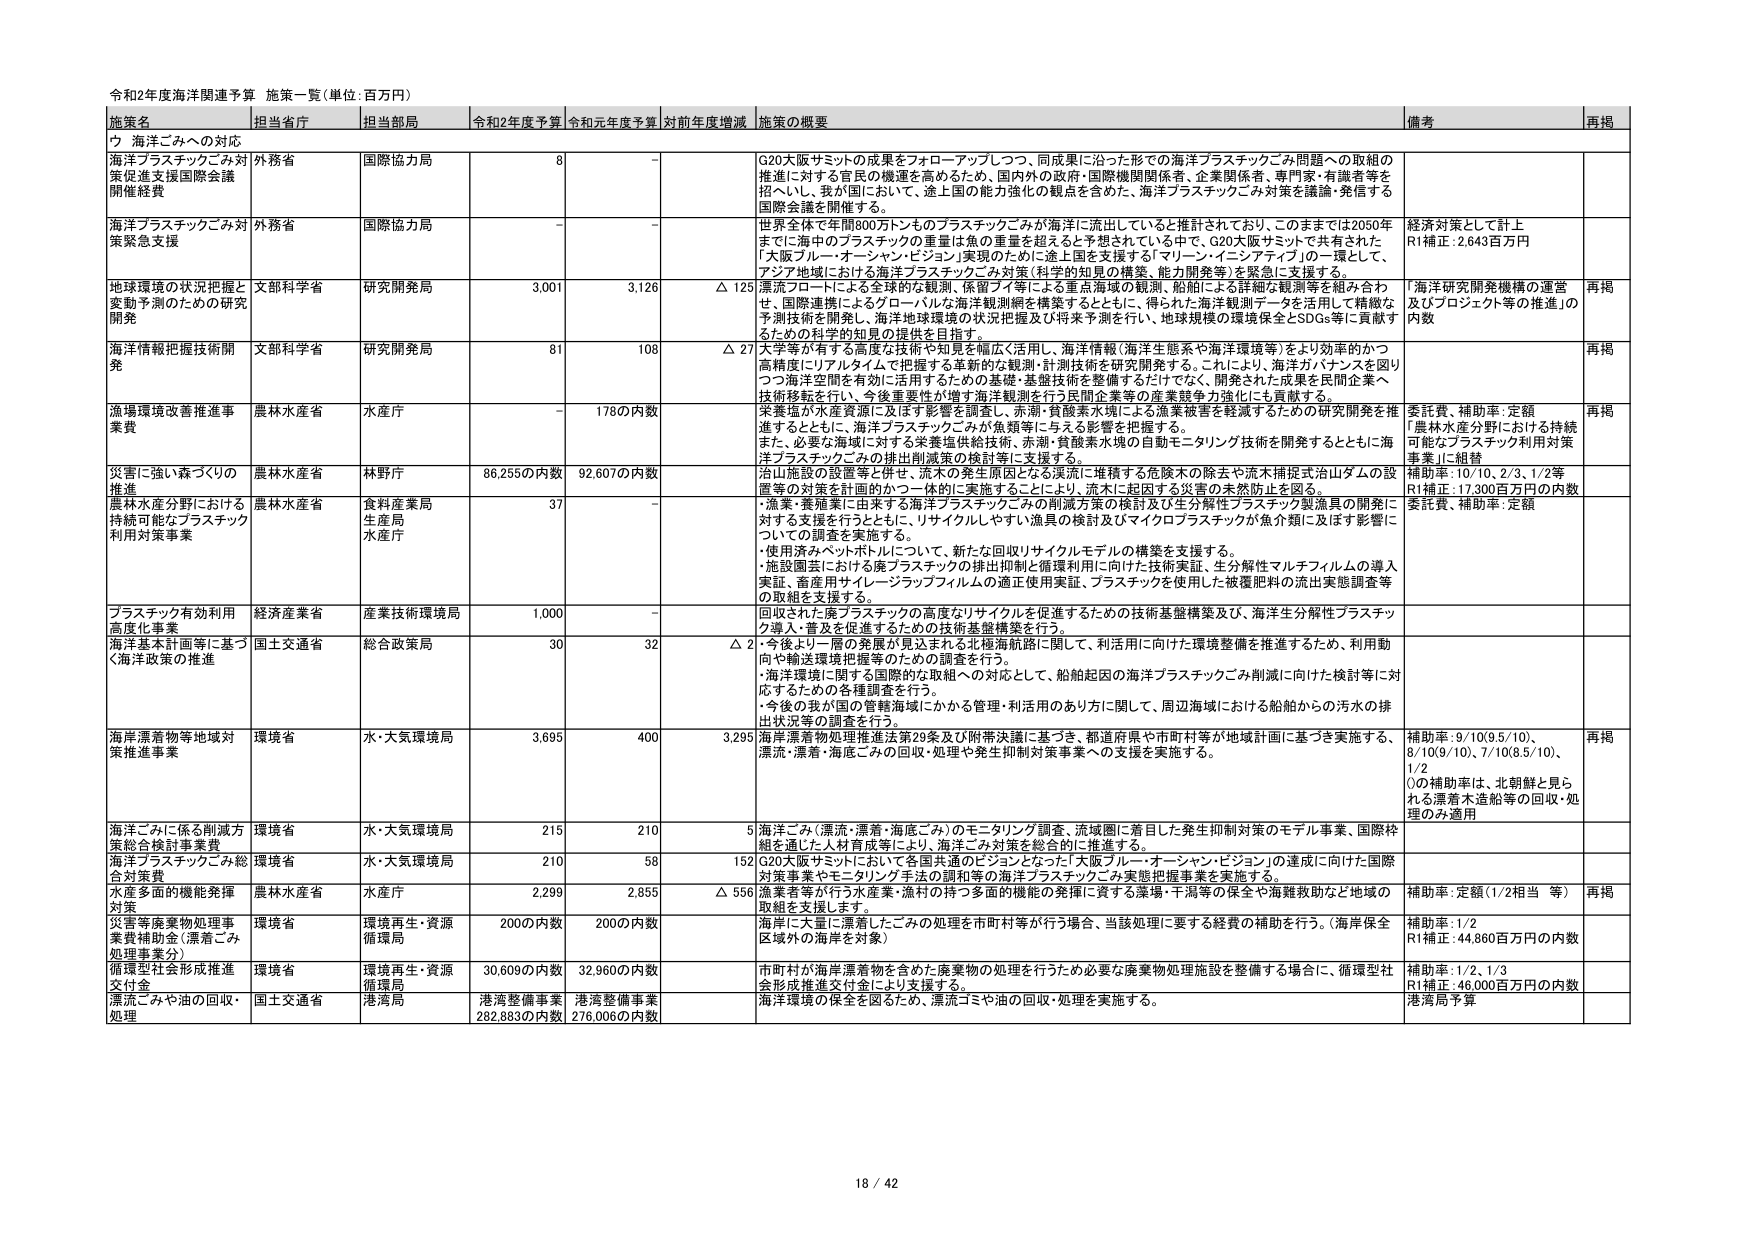
令和2年度海洋関連予算 施策一覧（単位：百万円）

施策名 担当省庁 担当部局 令和2年度予算 令和元年度予算 対前年度増減 施策の概要 備考 再掲

ウ 海洋ごみへの対応

海洋プラスチックごみ対策促進支援国際会議開催経費 外務省 国際協力局 8 - G20大阪サミットの成果をフォローアップしつつ、同成果に沿った形での海洋プラスチックごみ問題への取組の推進に対する官民の機運を高めるため、国内外の政府・国際機関関係者、企業関係者、専門家・有識者等を招へいし、我が国において、途上国の能力強化の観点を含めた、海洋プラスチックごみ対策を議論・発信する国際会議を開催する。

海洋プラスチックごみ対策緊急支援 外務省 国際協力局 - - 世界全体で年間800万トンものプラスチックごみが海洋に流出していると推計されている。このままでは2050年までに海中のプラスチックの重量は魚の重量を超えると予想されている中で、G20大阪サミットで共有された「大阪ブルー・オーシャン・ビジョン」実現のために途上国を支援する「マリーン・イニシアティブ」の一環として、アジア地域における海洋プラスチックごみ対策（科学的知見の構築、能力開発等）を緊急に支援する。 経済対策として計上 R1補正：2,643百万円

地球環境の状況把握と変動予測のための研究開発 文部科学省 研究開発局 3,001 3,126 △ 125 漂流フロートによる全球的な観測、係留ブイ等による重点海域の観測、船舶による詳細な観測等を組み合わせ、国際連携によるグローバルな海洋観測網を構築するとともに、得られた海洋観測データを活用して精緻な予測技術を開発し、海洋地球環境の状況把握及び将来予測を行い、地球規模の環境保全とSDGs等に貢献するための科学的知見の提供を目指す。 「海洋研究開発機構の運営及びプロジェクト等の推進」の内数 再掲

海洋情報把握技術開発 文部科学省 研究開発局 81 108 △ 27 大学等が有する高度な技術や知見を幅広く活用し、海洋情報（海洋生態系や海洋環境等）をより効率的かつ高精度にリアルタイムで把握する革新的な観測・計測技術を研究開発する。これにより、海洋ガバナンスを図りつつ海洋空間を有効に活用するための基礎・基盤技術を整備するだけでなく、開発された成果を民間企業へ技術移転を行い、今後重要性が増す海洋観測を行う民間企業等の産業競争力強化にも貢献する。 再掲

漁場環境改善推進事業費 農林水産省 水産庁 - 178の内数 栄養塩が水産資源に及ぼす影響を調査し、赤潮・貧酸素水塊による漁業被害を軽減するための研究開発を推進するとともに、海洋プラスチックごみが魚類等に与える影響を把握する。また、必要な海域に対する栄養塩供給技術、赤潮・貧酸素水塊の自動モニタリング技術を開発するとともに海洋プラスチックごみの排出削減策の検討等に支援する。 委託費、補助率、定額 「農林水産分野における持続可能なプラスチック利用対策事業」に組替 再掲

災害に強い森づくりの推進 農林水産省 林野庁 86,255の内数 92,607の内数 沿山施設の設置等を併せ、流水の発生原因となる漂流に堆積する危険木の除去や流木捕捉式治山ダムの設置等の対策を計画的かつ一体的に実施することにより、流水に起因する災害の未然防止を図る。 補助率：10/10、2/3、1/2等 R1補正：17,300百万円の内数

農林水産分野における持続可能なプラスチック利用対策事業 農林水産省 食料産業局 生産局 水産庁 37 - - ・漁業・養殖業に由来する海洋プラスチックごみの削減方策の検討及び生分解性プラスチック製漁具の開発に対する支援を行うとともに、リサイクルしやすい漁具の検討及びマイクロプラスチックが魚介類に及ぼす影響についての調査を実施する。 ・使用済みペットボトルについて、新たな回収リサイクルモデルの構築を支援する。 ・施設園芸における廃プラスチックの排出抑制と循環利用に向けた技術実証、生分解性マルチフィルムの導入実証、畜産用サイレージラップフィルムの適正使用実証、プラスチックを使用した被覆肥料の流出実態調査等の取組を支援する。 委託費、補助率、定額

プラスチック有効利用高度化事業 経済産業省 産業技術環境局 1,000 - 回収された廃プラスチックの高度なリサイクルを促進するための技術基盤構築及び、海洋生分解性プラスチック導入・普及を促進するための技術基盤構築を行う。

海洋基本計画等に基づく海洋政策の推進 国土交通省 総合政策局 30 32 △ 2 ・今後より一層の発展が見込まれる北極海航路に関して、利活用に向けた環境整備を推進するため、利用動向や輸送環境把握等のための調査を行う。 ・海洋環境に関する国際的な取組への対応として、船舶起因の海洋プラスチックごみ削減に向けた検討等に対応するための各種調査を行う。 ・今後の我が国の管轄海域にかかる管理・利活用のあり方に関して、周辺海域における船舶からの汚水の排出状況等の調査を行う。

海岸漂着物等地域対策推進事業 環境省 水・大気環境局 3,695 400 3,295 海岸漂着物処理推進法第29条及び附帯決議に基づき、都道府県や市町村等が地域計画に基づき実施する、漂流・漂着・海底ごみの回収・処理や発生抑制対策事業への支援を実施する。 補助率：9/10(9.5/10)、8/10(9/10)、7/10(8.5/10)、1/2 ①の補助率は、北朝鮮と見られる漂着木造船等の回収・処理のみ適用 再掲

海洋ごみに係る削減方策総合検討事業費 環境省 水・大気環境局 215 210 5 海洋ごみ（漂流・漂着・海底ごみ）のモニタリング調査、流域圏に着目した発生抑制対策のモデル事業、国際枠組を通じた人材育成等により、海洋ごみ対策を総合的に推進する。

海洋プラスチックごみ総合対策費 環境省 水・大気環境局 210 58 152 G20大阪サミットにおいて各国共通のビジョンとなった「大阪ブルー・オーシャン・ビジョン」の達成に向けた国際対策事業やモニタリング手法の調和等の海洋プラスチックごみ実態把握事業を実施する。

水産多面的機能発揮対策 農林水産省 水産庁 2,299 2,855 △ 556 漁業者等が行う水産業・漁村の持つ多面的機能の発揮に資する漁場・干潟等の保全や海難救助など地域の取組を支援します。 補助率、定額（1/2相当 等） 再掲

災害等廃棄物処理事業費補助金（漂着ごみ処理事業分） 環境省 環境再生・資源循環局 200の内数 200の内数 海岸に大量に漂着したごみの処理を市町村等が行う場合、当該処理に要する経費の補助を行う。（海岸保全区域外の海岸を対象） 補助率：1/2 R1補正：44,860百万円の内数

循環型社会形成推進交付金 環境省 環境再生・資源循環局 30,609の内数 32,960の内数 市町村が海洋漂着物を含めた廃棄物の処理を行うため必要な廃棄物処理施設を整備する場合に、循環型社会形成推進交付金により支援する。 補助率：1/2、1/3 R1補正：46,000百万円の内数

漂流ごみや油の回収・処理 国土交通省 港湾局 港湾整備事業282,883の内数 港湾整備事業276,006の内数 海洋環境の保全を図るため、漂流ごみや油の回収・処理を実施する。 港湾局予算

18 / 42